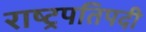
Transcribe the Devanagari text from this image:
राष्ट्रपतिपदी